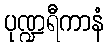
ပုဏ္ဍရီကာနံ